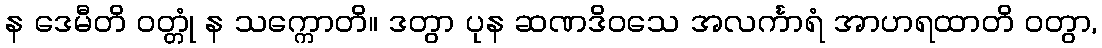
န ဒေမီတိ ဝတ္တုံ န သက္ကောတိ။ ဒတွာ ပုန ဆဏဒိဝသေ အလင်္ကာရံ အာဟရထာတိ ဝတွာ,